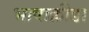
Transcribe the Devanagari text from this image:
भाषाक्रीडा